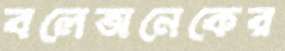
বলেঅনেকের